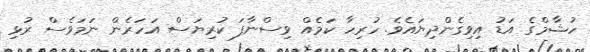
ހުޝާމްގެ އަޑު އިވިގެންދިޔައެވެ. ހުރިހާ ކަމެއް ވިސްނާފަ ކުރިޔަސް އަހަރެން ނަމަވެސް ރުޅި